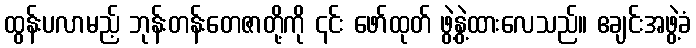
ထွန်းပလာမည့် ဘုန်းတန်းတေဇာတို့ကို ၎င်း ဖော်ထုတ် ဖွဲ့နွဲ့ထားလေသည်။ ဧချင်းအဖွဲ့ခံ